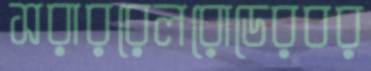
সরাররেলরোডেরবর